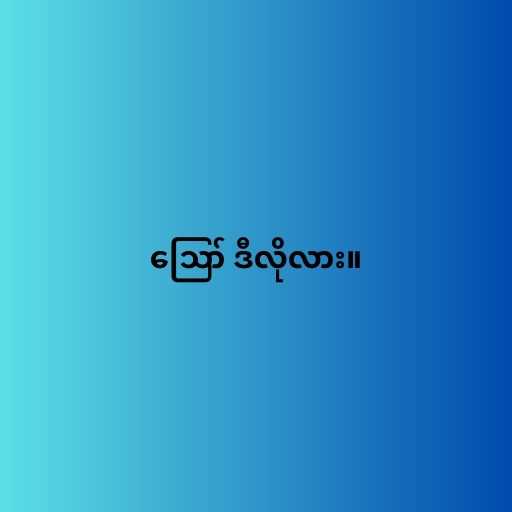
ဪ ဒီလိုလား။